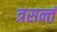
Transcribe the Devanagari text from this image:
त्रसन्तं